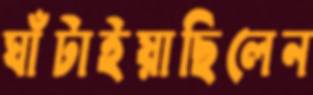
ঘাঁটাইয়াছিলেন